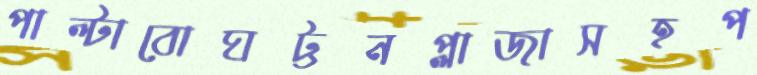
পাল্‌টাবোঘট্টনপ্লাজাসহপ